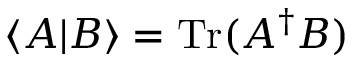
{ \langle A | B \rangle = \operatorname { T r } ( A ^ { \dagger } B ) }